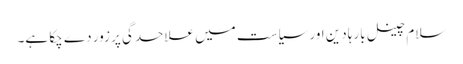
سلام چینل بارہا دین اور سیاست میں علاحدگی پر زور دے چکا ہے۔